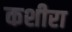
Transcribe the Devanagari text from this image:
कशीरा